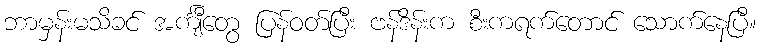
ဘာမှန်းမသိခင် အင်္ကျီတွေ ပြန်ဝတ်ပြီး ဗန်ဒိန်းက စီးကရက်တောင် သောက်နေပြီ။